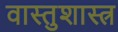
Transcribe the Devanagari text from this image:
वास्‍तुशास्‍त्र